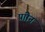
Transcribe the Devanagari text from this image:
प्राीन